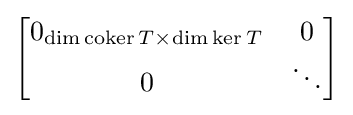
{\begin{bmatrix}0_{\operatorname {dim} \operatorname {coker} T\times \dim \ker T}&0\\0&\ddots \end{bmatrix}}